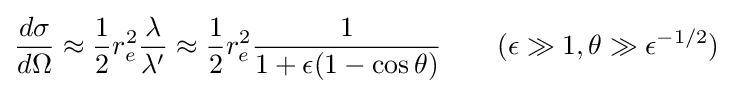
{\frac {d\sigma }{d\Omega }}\approx {\frac {1}{2}}r_{e}^{2}{\frac {\lambda }{\lambda '}}\approx {\frac {1}{2}}r_{e}^{2}{\frac {1}{1+\epsilon (1-\cos \theta )}}\qquad (\epsilon \gg 1,\theta \gg \epsilon ^{-1/2})